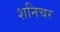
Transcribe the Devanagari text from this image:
शनिचर